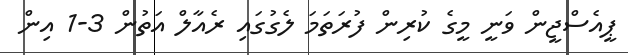
ޕީއެސްޖީން ވަނީ މީގެ ކުރިން ފުރަތަމަ ލެގުގައި ރެއާލް އަތުން 3-1 އިން